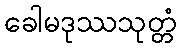
ခေါမဒုဿသုတ္တံ